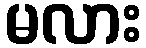
မလား